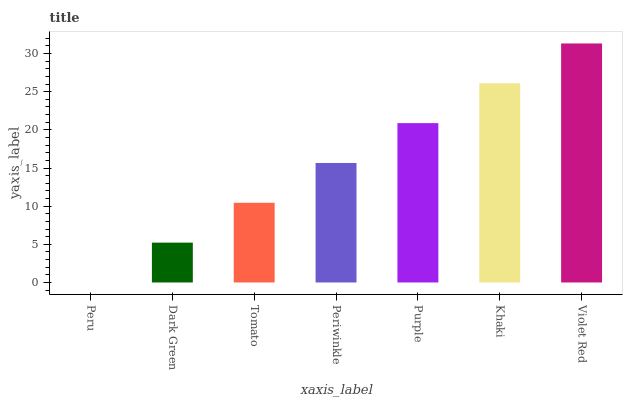
| xaxis_label | bars |
 | --- | --- |
 | Peru | 0 |
 | Dark Green | 5.22 |
 | Tomato | 10.4 |
 | Periwinkle | 15.7 |
 | Purple | 20.9 |
 | Khaki | 26.1 |
 | Violet Red | 31.3 |